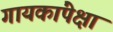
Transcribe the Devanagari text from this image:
गायकांपेक्षा